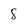
Character: 8